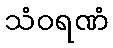
သံဝရဏံ